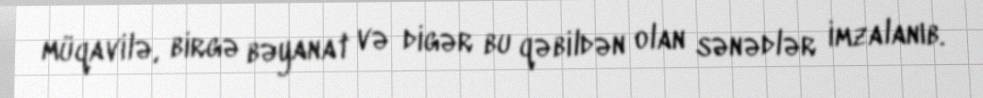
müqavilə, birgə bəyanat və digər bu qəbildən olan sənədlər imzalanıb.